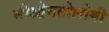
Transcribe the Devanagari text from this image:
नीओनतोलोगी